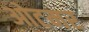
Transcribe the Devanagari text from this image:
ओटमर